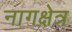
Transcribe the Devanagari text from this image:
नागक्षेत्र